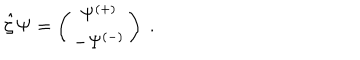
\hat { \zeta } { \bf \Psi } = \left( \begin{array} { c } { { \Psi ^ { ( + ) } } } \\ { { - \Psi ^ { ( - ) } } } \\ \end{array} \right) \; .